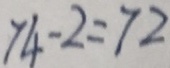
7 4 - 2 = 7 2